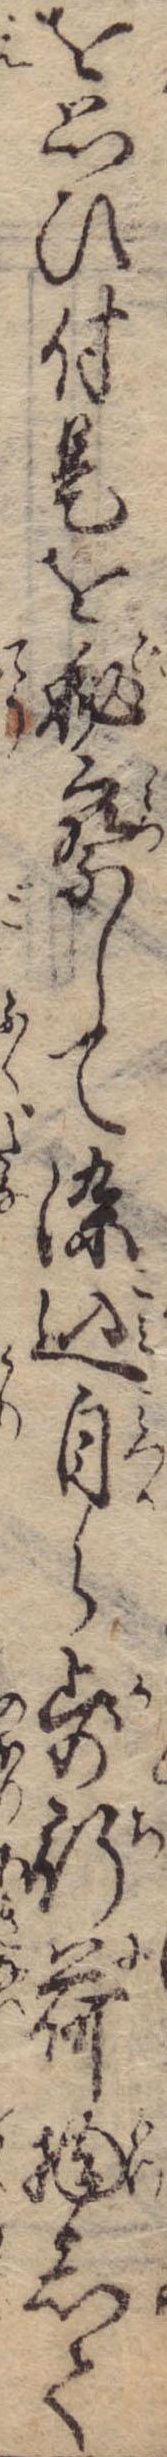
を思ひ付是を秘察して染込自ら歩行荷物して